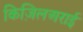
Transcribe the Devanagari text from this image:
किज़िलअराई